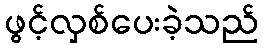
ဖွင့်လှစ်ပေးခဲ့သည်